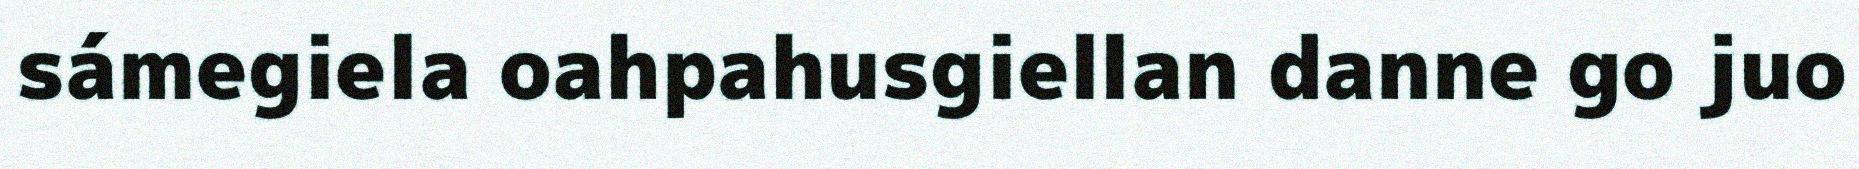
sámegiela oahpahusgiellan danne go juo